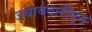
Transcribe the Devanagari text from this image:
जबाबदारीतून